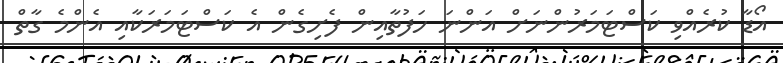
އޯޑާ ކުރެއްވި ކަސްޓަމަރުންނަށް އަންނަ ހަފުތާއިން ފެށިގެން އެ ކަސްޓަމަރަކާއި އެންމެ ގާތް